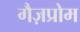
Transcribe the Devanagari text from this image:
गैज़प्रोम